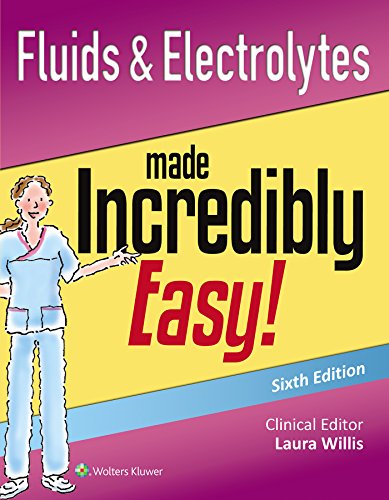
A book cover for Fluids & Electrolytes Made Incredibly Easy! (Incredibly Easy! SeriesÂ®); Lippincott  Williams & Wilkins; Medical Books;